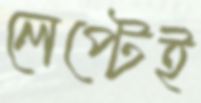
লেপ্টেই